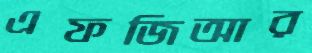
এফজিআর